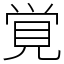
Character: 覚